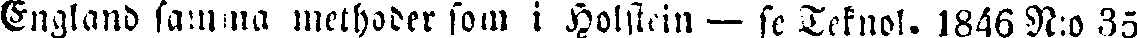
England samma methoder som i Holstein — se Teknol. 1866 N:o 35